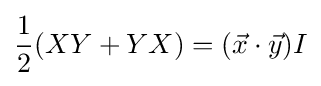
{\frac {1}{2}}(XY+YX)=({\vec {x}}\cdot {\vec {y}})I